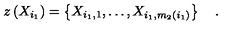
z \left( X _ { i _ { 1 } } \right) = \left\{ X _ { i _ { 1 } , 1 } , \ldots , X _ { i _ { 1 } , m _ { 2 } \left( i _ { 1 } \right) } \right\} \quad .